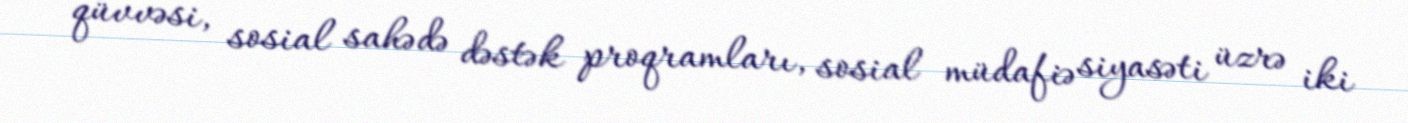
qüvvəsi, sosial sahədə dəstək proqramları, sosial müdafiə siyasəti üzrə iki